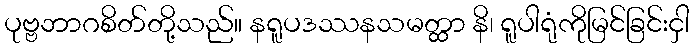
ပုဗ္ဗဘာဂစိတ်တို့သည်။ နရူပဒဿနသမတ္ထာ နိ၊ ရူပါရုံကိုမြင်ခြင်းငှါ